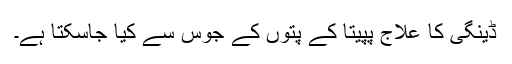
ڈینگی کا علاج پپیتا کے پتوں کے جوس سے کیا جاسکتا ہے۔